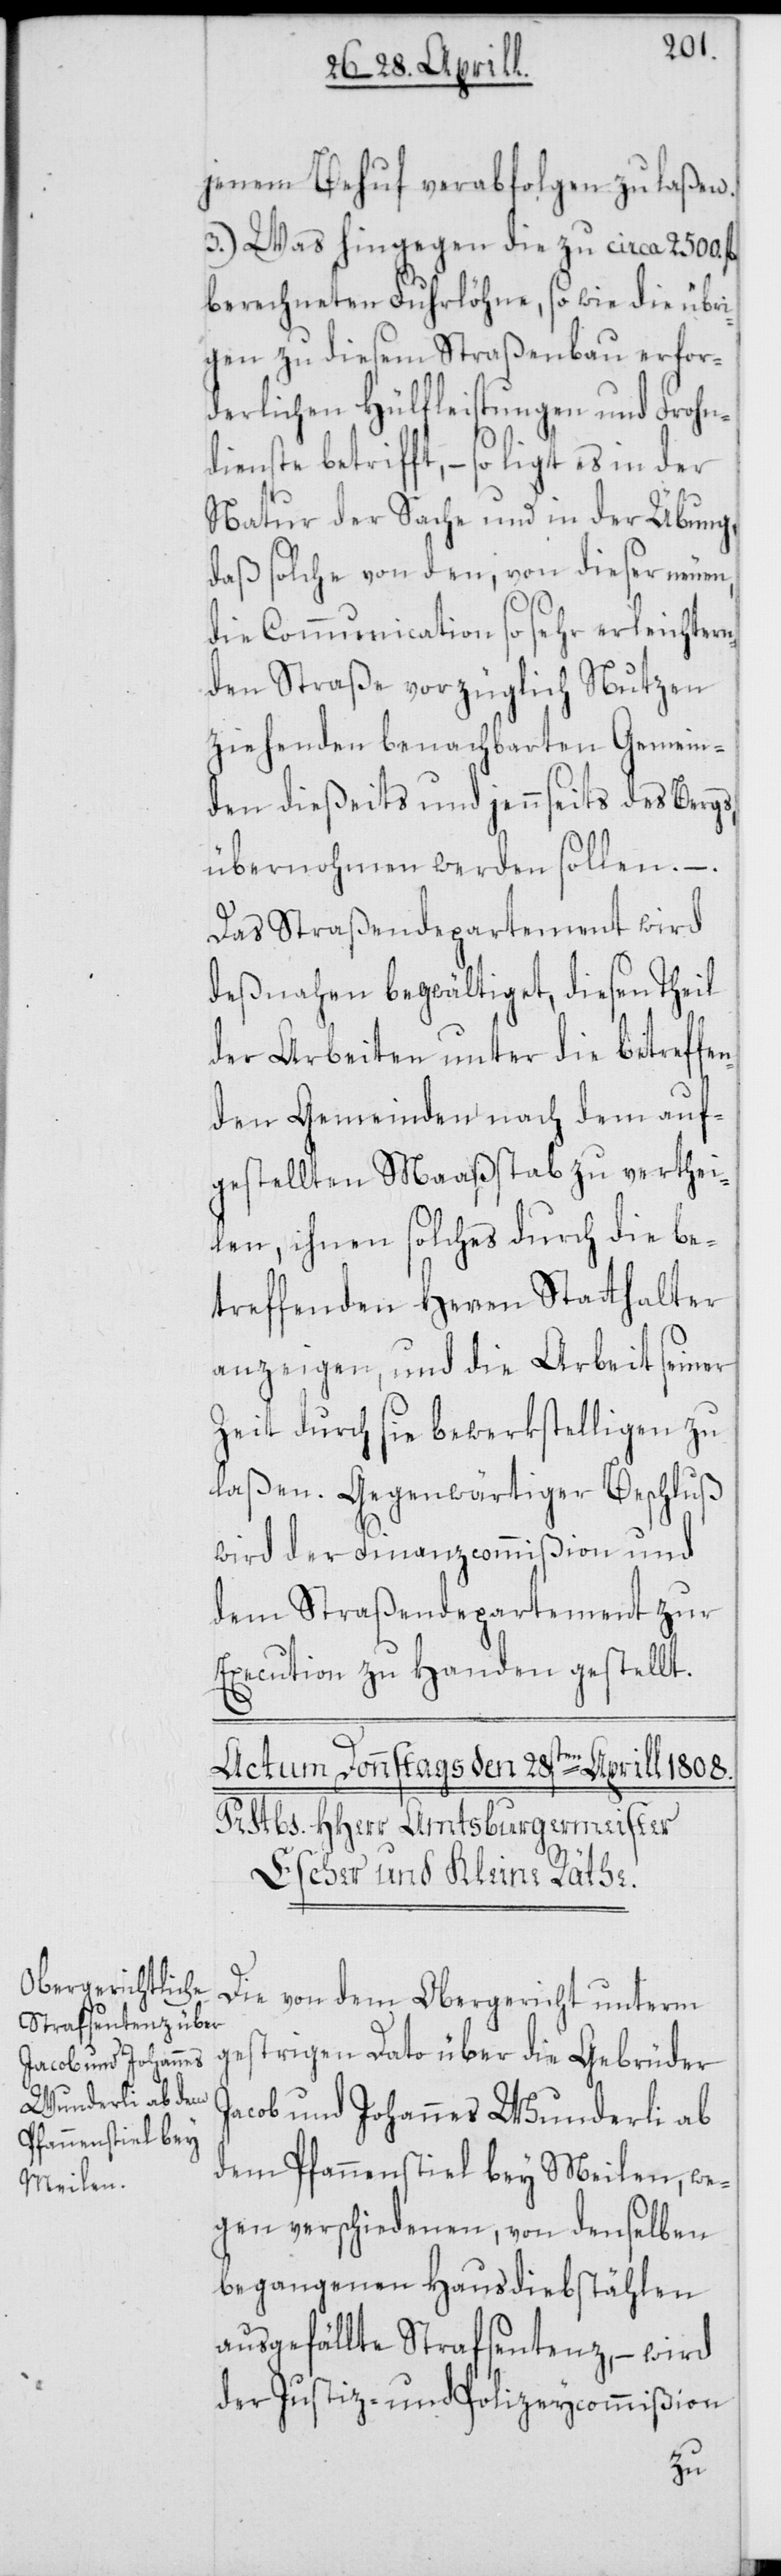
jenem Behuf verabfolgen zu laßen.
3.) Was hingegen die zu circa 2500.
berechneten Fuhrlöhne, so wie die übri¬
gen zu diesem Straßenbau erfor¬
derlichen Hülfleistungen und Frohn¬
dienste betrifft, – so liegt es
Natur der Sache und in der Übung,
daß solche von den, von dieser neuen,
die Communication so sehr erleichtern¬
den Straße vorzüglich Nutzen
ziehenden benachbarten Gemein¬
den dießeits und jennseits des Bergs,
übernohmen werden sollen. – .
Das Straßendepartement wird
deßnahen begwältiget, diesen Theil
der Arbeiten unter die betreffen¬
den Gemeinden nach dem auf¬
gestellten Maaßstab zu verthei¬
len, ihnen solches durch die be¬
treffenden Herren Statthalter
anzeigen, und die Arbeit seiner
Zeit durch sie bewerkstelligen zu
laßen. Gegenwärtiger Beschluß
wird der Finanzcommißion und
dem Straßendepartement zur
Execution zu Handen gestellt.
Die von dem Obergericht unterm
gestrigen Dato über die Gebrüder
Jacob und Johannes Wunderli ab
dem Pfannenstiel bey Meilen, we¬
gen verschiedenen, von denselben
begangenen Hausdiebstählen
ausgefällte Strafsentenz, – wird
der Justiz- und Polizeycommißion